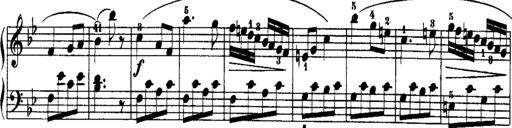
Title: Rondos and Sonatinas for Pianoforte
Composer: Daniel Steibelt